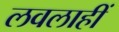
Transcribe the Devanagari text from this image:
लवलाहीं